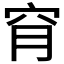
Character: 𥥃